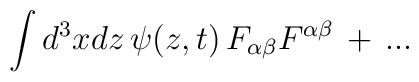
\int  d^3xdz \, \psi(z,t) \, F_{\alpha\beta}F^{\alpha\beta} \, +  \, ...